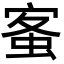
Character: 𡩓